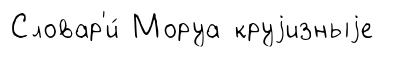
Словар'и́ Моруа круjизныjе